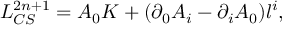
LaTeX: { \cal L } _ { C S } ^ { 2 n + 1 } = A _ { 0 } K + ( \partial _ { 0 } A _ { i } - \partial _ { i } A _ { 0 } ) l ^ { i } ,